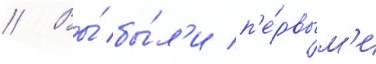
// Вы́ бы́л'и п'е́рвым'и